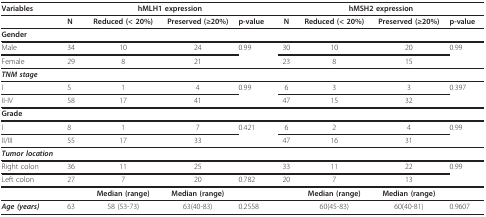
<table><thead><tr><td><b>Variables</b></td><td colspan="4"><b>hMLH1 expression</b></td><td colspan="4"><b>hMSH2 expression</b></td></tr></thead><tbody><tr><td></td><td><b>N</b></td><td><b>Reduced (&lt; 20%)</b></td><td><b>Preserved (≥20%)</b></td><td><b>p-value</b></td><td><b>N</b></td><td><b>Reduced (&lt; 20%)</b></td><td><b>Preserved (≥20%)</b></td><td><b>p-value</b></td></tr><tr><td><b>Gender</b></td><td></td><td></td><td></td><td></td><td></td><td></td><td></td><td></td></tr><tr><td>Male</td><td>34</td><td>10</td><td>24</td><td>0.99</td><td>30</td><td>10</td><td>20</td><td>0.99</td></tr><tr><td>Female</td><td>29</td><td>8</td><td>21</td><td></td><td>23</td><td>8</td><td>15</td><td></td></tr><tr><td><b><i>TNM stage</i></b></td><td></td><td></td><td></td><td></td><td></td><td></td><td></td><td></td></tr><tr><td>I</td><td>5</td><td>1</td><td>4</td><td>0.99</td><td>6</td><td>3</td><td>3</td><td>0.397</td></tr><tr><td>II-IV</td><td>58</td><td>17</td><td>41</td><td></td><td>47</td><td>15</td><td>32</td><td></td></tr><tr><td><b>Grade</b></td><td></td><td></td><td></td><td></td><td></td><td></td><td></td><td></td></tr><tr><td>I</td><td>8</td><td>1</td><td>7</td><td>0.421</td><td>6</td><td>2</td><td>4</td><td>0.99</td></tr><tr><td>II/III</td><td>55</td><td>17</td><td>33</td><td></td><td>47</td><td>16</td><td>31</td><td></td></tr><tr><td><b><i>Tumor location</i></b></td><td></td><td></td><td></td><td></td><td></td><td></td><td></td><td></td></tr><tr><td>Right colon</td><td>36</td><td>11</td><td>25</td><td></td><td>33</td><td>11</td><td>22</td><td>0.99</td></tr><tr><td>Left colon</td><td>27</td><td>7</td><td>20</td><td>0.782</td><td>20</td><td>7</td><td>13</td><td></td></tr><tr><td></td><td></td><td><b>Median (range)</b></td><td><b>Median (range)</b></td><td></td><td></td><td><b>Median (range)</b></td><td><b>Median (range)</b></td><td></td></tr><tr><td><b><i>Age (years)</i></b></td><td>63</td><td>58 (53-73)</td><td>63(40-83)</td><td>0.2558</td><td></td><td>60(45-83)</td><td>60(40-81)</td><td>0.9607</td></tr></tbody></table>